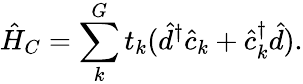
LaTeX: \hat{H}_{C}=\sum_{k}^{G}t_{k}(\hat{d}^{\dagger}\hat{c}_{k}+\hat{c}_{k}^{\dagger}\hat{d}).